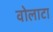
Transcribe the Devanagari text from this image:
वोलाटा